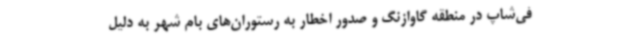
فی‌شاپ در منطقه گاوازنگ و صدور اخطار به رستوران‌های بام شهر به دلیل